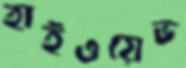
হাইওয়েভ